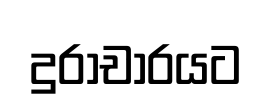
දුරාචාරයට